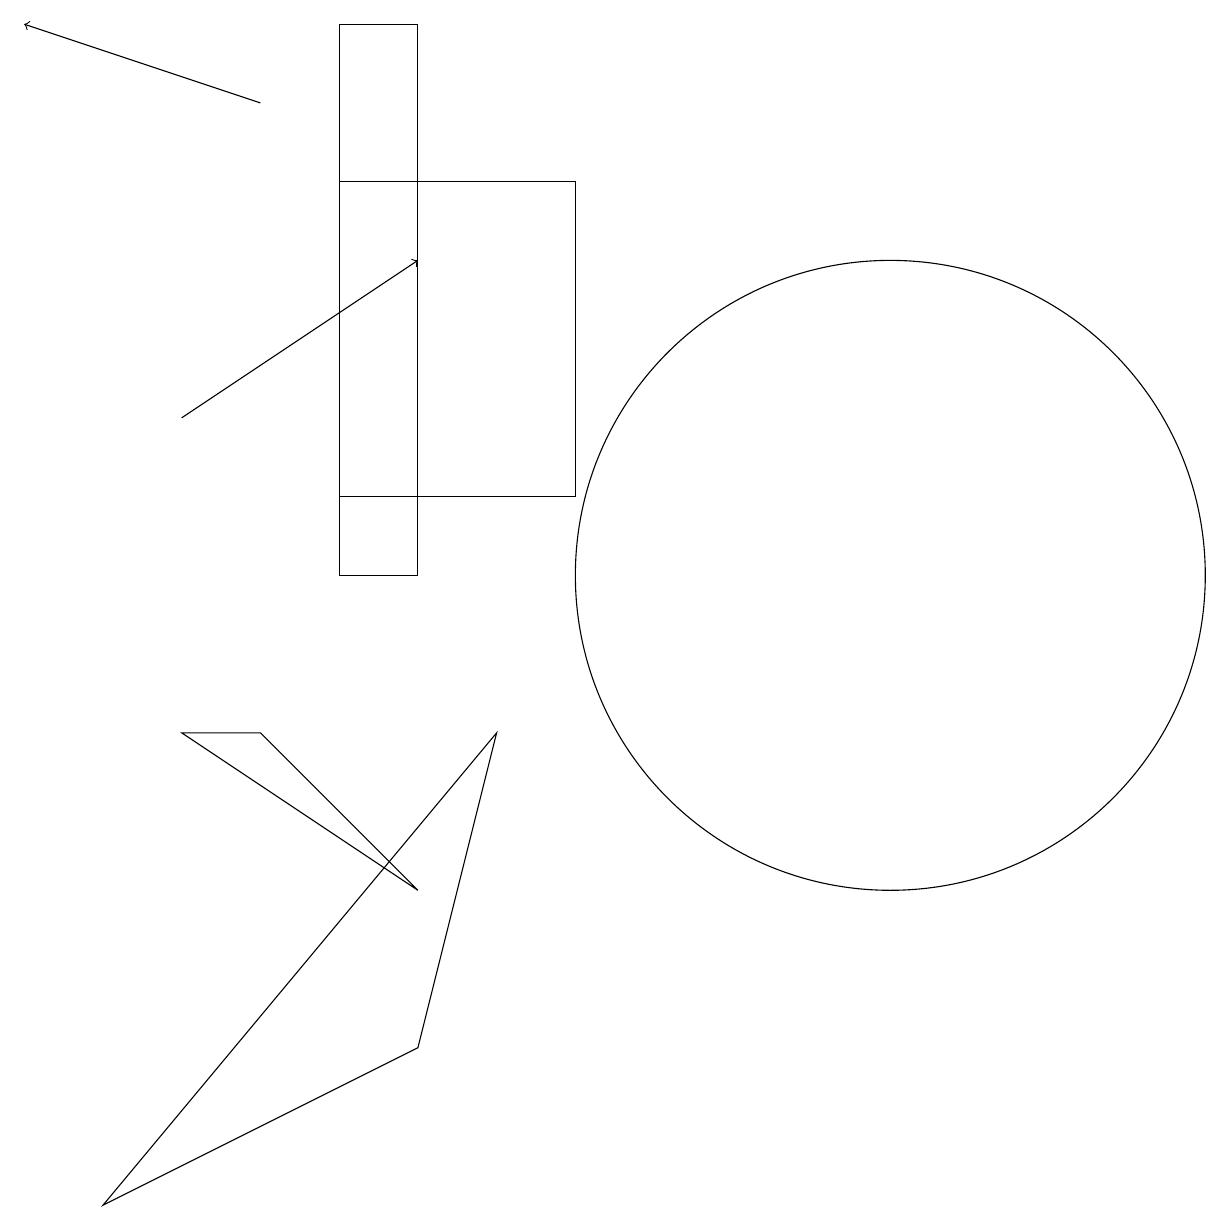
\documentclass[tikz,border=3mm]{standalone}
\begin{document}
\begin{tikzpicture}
\draw (5,16) rectangle (8,12);
\draw (12,11) circle (4);
\draw[->] (4,17) -- (1,18);
\draw (5,11) rectangle (6,18);
\draw (4,9) -- (3,9) -- (6,7) -- cycle;
\draw (6,5) -- (7,9) -- (2,3) -- cycle;
\draw[->] (3,13) -- (6,15);
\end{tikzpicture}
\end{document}